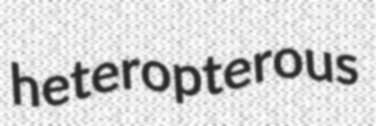
heteropterous